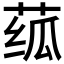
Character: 𬝊